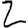
Digit: 2